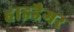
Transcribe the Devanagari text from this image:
हाइडैगर